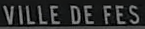
VILLEDEFES